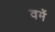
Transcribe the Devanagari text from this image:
वमें